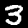
Digit: 3